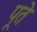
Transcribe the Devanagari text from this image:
पूते